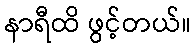
နာရီထိ ဖွင့်တယ်။